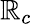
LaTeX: \mathbb{R}_{c}